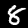
Label: 8